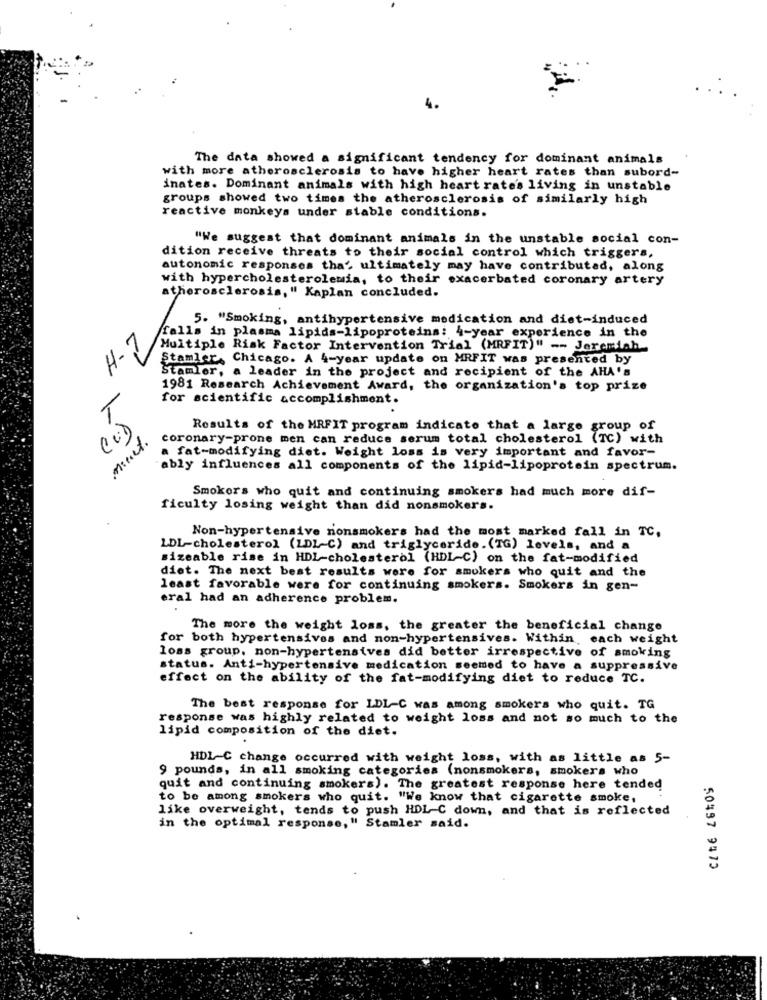
4.
The data showed a significant tendency for dominant animals
with more atherosclerosis to have higher heart rates than subord-
inates. Dominant animals with high heart rate's living in unstable
groups showed two times the atherosclerosis of similarly high
reactive monkeys under stable conditions.
"We suggest that dominant animals in the unstable social con-
dition receive threats to their social control which triggers,
autonomic responses tha' ultimately may have contributed, along
with hypercholesterolemia, to their exacerbated coronary artery
atherosclerosis," Kaplan concluded.
5. "Smoking, antihypertensive medication and diet-induced
falls in plasma lipids-lipoproteins: 4-year experience in the
H-2
Multiple Risk Factor Intervention Trial (MRFIT)" -- Jeremiah
Stamler, Chicago. A 4-year update on MRFIT was presented by
Stamler, a leader in the project and recipient of the AHA's
1981 Research Achievement Award, the organization's top prize
T
for scientific accomplishment.
Results of the MRFIT program indicate that a large group of
minut.
800
coronary-prone men can reduce serum total cholesterol (TC) with
a fat-modifying diet. Weight loss is very important and favor-
ably influences all components of the lipid-lipoprotein spectrum.
Smokers who quit and continuing smokers had much more dif-
ficulty losing weight than did nonsmokers.
Non-hypertensive nonsmokers had the most marked fall in TC,
LDL-cholesterol (LDL-C) and triglyceride.(TG) levels, and a
sizeable rise in HDL-cholesterol (HDL-C) on the fat-modified
diet. The next best results were for smokers who quit and the
least favorable were for continuing smokers. Smokers in gen-
eral had an adherence problem.
The more the weight loss, the greater the beneficial change
for both hypertensives and non-hypertensives. Within each weight
loss group, non-hypertensives did better irrespective of smoking
status. Anti-hypertensive medication seemed to have a suppressive
effect on the ability of the fat-modifying diet to reduce TC.
The best response for LDL-C was among smokers who quit. TG
response was highly related to weight loss and not so much to the
lipid composition of the diet.
.
HDL-C change occurred with weight loss, with as little as 5-
9 pounds, in all smoking categories (nonsmokers, smokers who
quit and continuing smokers). The greatest response here tended
to be among smokers who quit. "We know that cigarette smoke,
like overweight, tends to push HDL-C down, and that is reflected
in the optimal response, "
.. " Stamler said.
50497 9475